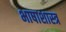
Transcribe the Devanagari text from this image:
भाषाशास्‍त्र